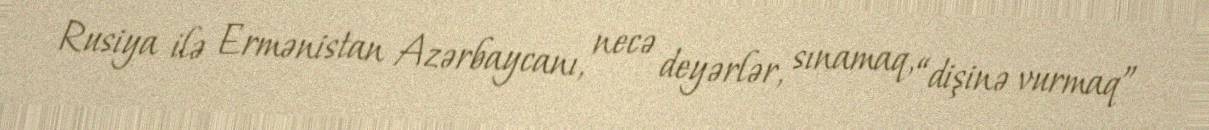
Rusiya ilə Ermənistan Azərbaycanı, necə deyərlər, sınamaq, “dişinə vurmaq”